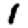
Digit: 1